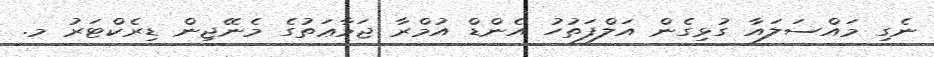
ނެގި މައްސަލައާ ގުޅިގެން އަލްފަތުހު އެންޑް އުމްރާ ޖަމާޢަތުގެ މެނޭޖިން ޑިރެކްޓަރު މ.